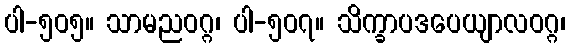
ပါ-၅၀၅။ သာမညဝဂ္ဂ၊ ပါ-၅၀၇။ သိက္ခာပဒပေယျာလဝဂ္ဂ၊